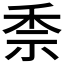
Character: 𥞆